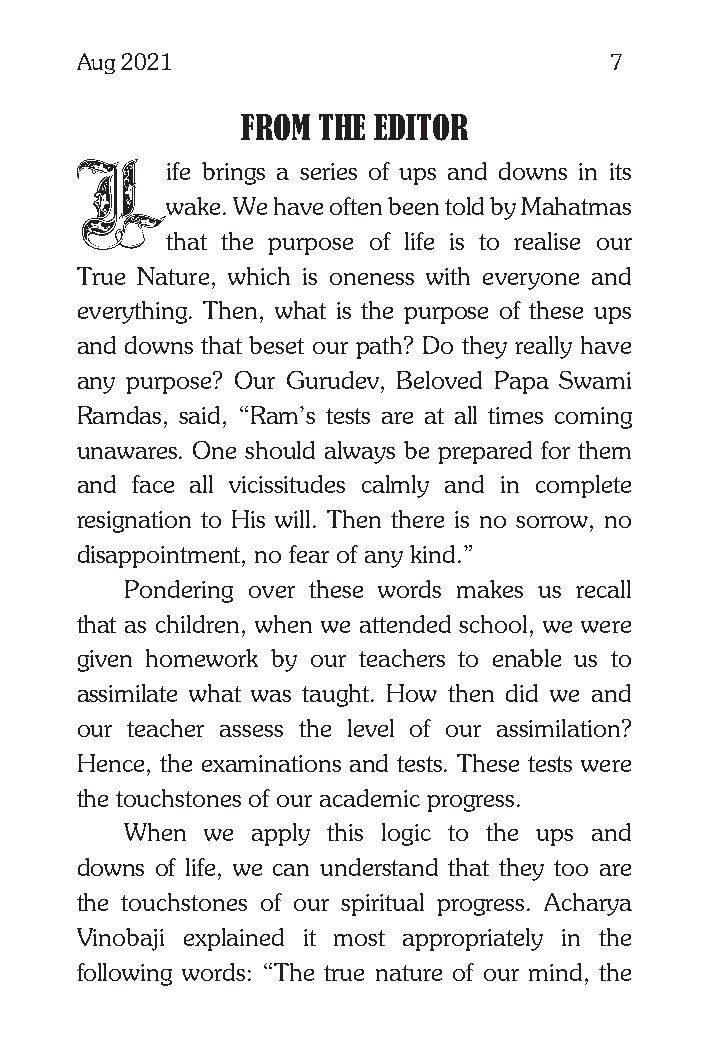
Aug 2021                           7
 FROM THE EDITOR
 ife brings a series of ups and downs in its
 wake. We have often been told by Mahatmas
 that the purpose of life is to realise our
 True Nature, which is oneness with everyone and
 everything. Then, what is the purpose of these ups
 and downs that beset our path? Do they really have
 any purpose? Our Gurudev, Beloved Papa Swami
 Ramdas, said, “Ram’s tests are at all times coming
 unawares. One should always be prepared for them
 and face all vicissitudes calmly and in complete
 resignation to His will. Then there is no sorrow, no
 disappointment, no fear of any kind.”
 Pondering over these words makes us recall
 that as children, when we attended school, we were
 given homework by our teachers to enable us to
 assimilate what was taught. How then did we and
 our teacher assess the level of our assimilation?
 Hence, the examinations and tests. These tests were
 the touchstones of our academic progress.
 When  we apply this logic to the ups and
 downs of life, we can understand that they too are
 the touchstones of our spiritual progress. Acharya
 Vinobaji explained it most appropriately in the
 following words: “The true nature of our mind, the